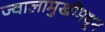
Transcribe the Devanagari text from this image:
ज्वालामुखींमधून